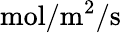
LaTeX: \mathrm{mol}/\mathrm{m}^{2}/\mathrm{s}